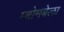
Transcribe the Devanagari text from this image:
म्बोमबेला